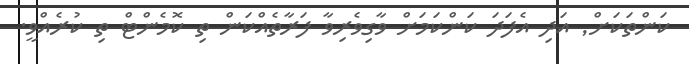
ކަންތަކަށް